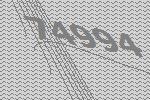
74994